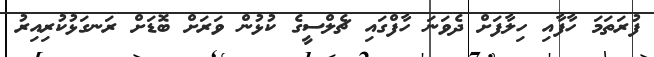
ފުރަތަމަ ހާފާއި ހިލާފަށް ދެވަނަ ހާފްގައި ޗެލްސީގެ ކުޅުން ވަރަށް ބޮޑަށް ރަނގަޅުކުރިއިރު